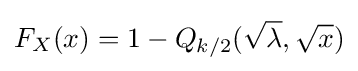
F_{X}(x)=1-Q_{k/2}({\sqrt {\lambda }},{\sqrt {x}})